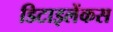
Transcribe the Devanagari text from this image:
डिटाइलेंकस